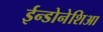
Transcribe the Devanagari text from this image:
ईन्डोनेशिआ